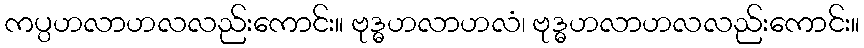
ကပ္ပဟလာဟလလည်းကောင်း။ ဗုဒ္ဓဟလာဟလံ၊ ဗုဒ္ဓဟလာဟလလည်းကောင်း။